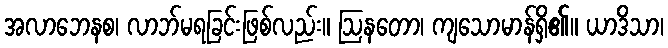
အလာဘေနစ၊ လာဘ်မရခြင်းဖြစ်လည်း။ ဩနတော၊ ကျသောမာန်ရှိ၏။ ယာဒိသာ၊